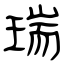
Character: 瑞